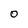
Character: 0